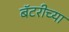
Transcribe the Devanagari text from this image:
बॅटरीच्या